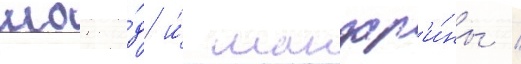
шокола́д и́ мандар'и́ны /